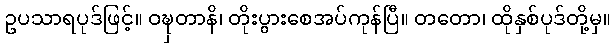
ဥပသာရပုဒ်ဖြင့်။ ဝဍ္ဎှတာနိ၊ တိုးပွားစေအပ်ကုန်ပြီ။ တတော၊ ထိုနှစ်ပုဒ်တို့မှ။